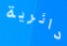
دائرية